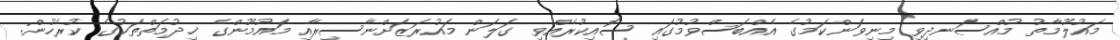
މައުލޫމާތު މުއްސަނދިވި މިނިވަންކަމުގެ އެއްބަސްވުމުގައި ސޮއިކުރެއްވި ގަލަން މައުރަޒަށްނާސިރާއި މައުމޫންގެ ޚިދުމަތްތަކުގެ ކުރެހުން: